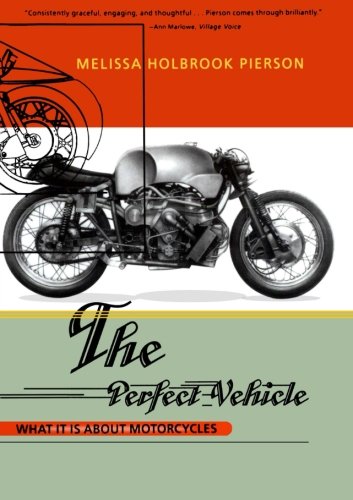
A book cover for The Perfect Vehicle: What It Is About Motorcycles; Melissa Holbrook Pierson; Engineering & Transportation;